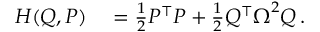
\begin{array} { r l } { H ( Q , P ) } & { { } = \frac { 1 } { 2 } P ^ { \intercal } P + \frac { 1 } { 2 } Q ^ { \intercal } \boldsymbol { \Omega } ^ { 2 } Q \, . } \end{array}